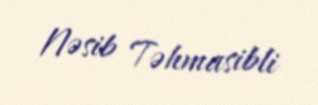
Nəsib Təhmasibli